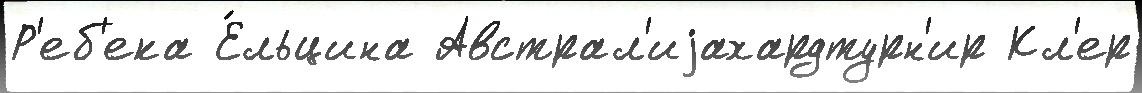
Р'еб'ека Е́льцина Австрал'иjахардтурн'ир Кл'ер